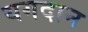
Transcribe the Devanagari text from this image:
यगदान